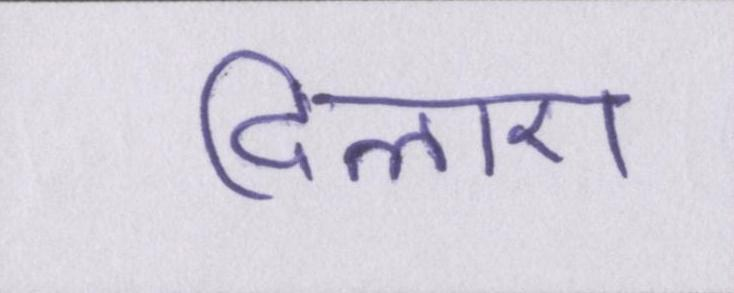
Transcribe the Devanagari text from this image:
दिलाए